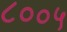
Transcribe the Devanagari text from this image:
८००५